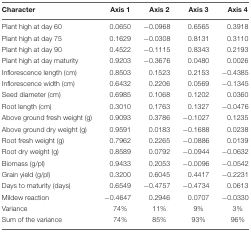
| Character | Axis 1 | Axis 2 | Axis 3 | Axis 4 |
 | --- | --- | --- | --- | --- |
 | Plant high at day 60 | 0.0650 | -0.0968 | 0.6565 | 0.3918 |
 | Plant high at day 75 | 0.1629 | -0.0308 | 0.8131 | 0.3110 |
 | Plant high at day 90 | 0.4522 | -0.1115 | 0.8343 | 0.2193 |
 | Plant high at day maturity | 0.9203 | -0.3676 | 0.0480 | 0.0026 |
 | Inflorescence length (cm) | 0.8503 | 0.1523 | 0.2153 | -0.4385 |
 | Inflorescence width (cm) | 0.6432 | 0.2206 | 0.0569 | -0.1345 |
 | Seed diameter (cm) | 0.6985 | 0.1068 | 0.1202 | 0.0360 |
 | Root length (cm) | 0.3010 | 0.1763 | 0.1327 | -0.0476 |
 | Above ground fresh weight (g) | 0.9093 | 0.3786 | -0.1027 | 0.1235 |
 | Above ground dry weight (g) | 0.9591 | 0.0183 | -0.1688 | 0.0238 |
 | Root fresh weight (g) | 0.7962 | 0.2265 | -0.0886 | 0.0139 |
 | Root dry weight (g) | 0.8589 | 0.0792 | -0.0944 | -0.0632 |
 | Biomass (g/pl) | 0.9433 | 0.2053 | -0.0096 | -0.0542 |
 | Grain yield (g/pl) | 0.3200 | 0.6045 | 0.4417 | -0.2231 |
 | Days to maturity (days) | 0.6549 | -0.4757 | -0.4734 | 0.0613 |
 | Mildew reaction | -0.4647 | 0.2946 | 0.0707 | -0.0330 |
 | Variance | 74% | 11% | 9% | 3% |
 | Sum of the variance | 74% | 85% | 93% | 96% |